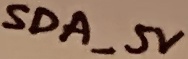
Text: SDA_5V